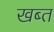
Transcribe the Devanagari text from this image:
खब्त